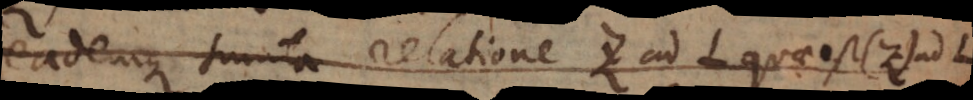
eademque sumta relatione z ad L quae est (z) ad L